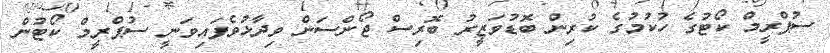
ސުޕްރީމް ކޯޓުގެ ހުކުމުގެ ކުރިން ބޮޑުވަޒީރު ބޮރިސް ޖޯންސަން ވިދާޅުވެފައިވަނީ ސުޕްރީމް ކޯޓުން